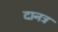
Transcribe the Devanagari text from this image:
दानत्र